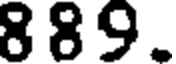
889.